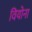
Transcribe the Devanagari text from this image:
वियोना